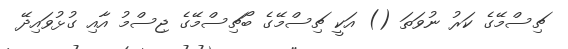
ޗިސްމޭގެ ކަރު ނުވަތަ () އަކީ ޗިސްމޭގެ ބޯޗިސްމޭގެ ޖިސްމު އާއި ގުޅުވައިދޭ